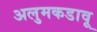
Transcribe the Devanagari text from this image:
अलुमकडावू